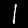
Digit: 1